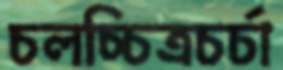
চলচ্চিত্রচর্চা